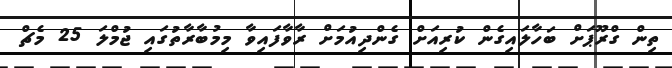
ތިން ގްރޫޕަށް ބަހާލައިގެން ކުރިއަށް ގެންދިއުމަށް ރާވާފައިވާ މިމުބާރާތުގައި ޖުމްލަ 25 މެޗް